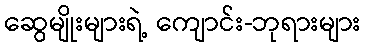
ဆွေမျိုးများရဲ့ ကျောင်း-ဘုရားများ